Civil Veterinary Dept. Bombay admin report 1907-1913 - 1907-1913
Year: 1907
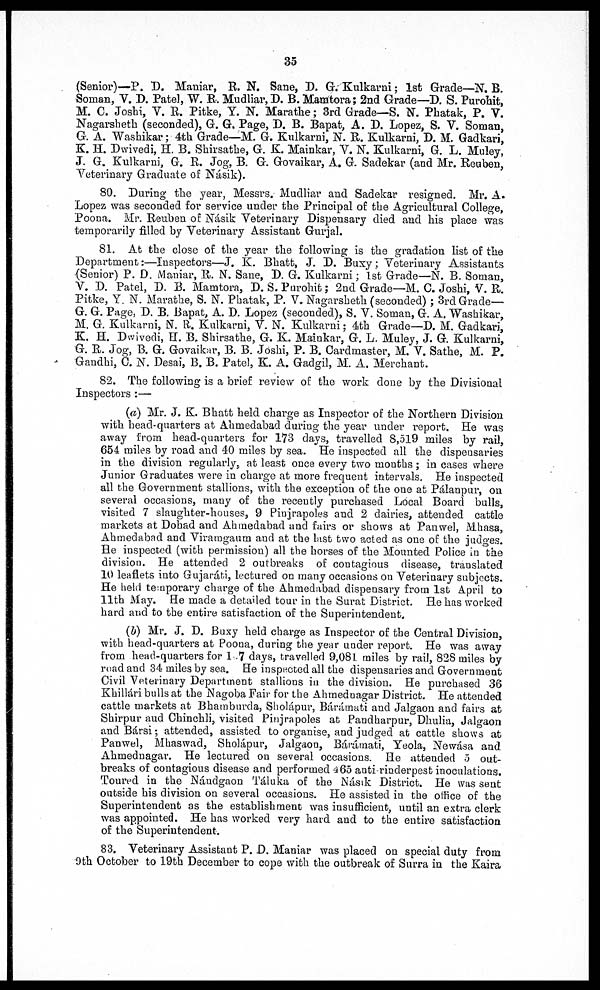
35
(Senior)—P. D. Maniar, R. N. Sane, B. G. Kulkarni; 1st Grade—N. B.
Soman, V. D. Patel, W. R. Mudliar, B. B. Maratora; 2nd Grade—B. S. Purohit,
M. 0. Joshi, V. R. Pitke, Y. N. Marathe; 3rd Grade—S. N. Phatak, P. V.
Nagarsheth (seconded), G. G. Page, B. B. Bapat, A. B. Lopez, S. V. Soman,
G. A. Washikar; 4th Grade—M. G. Kulkarni, N. R. Kulkarni, B. M. Gadkari,
K. H. Bwivedi, H. B. Shirsathe, G. K. Mainkar, V. N. Kulkarni, G. L. Muley,
J. G. Kulkarni, G. R. Jog, B. G. Govaikar, A. G. Sadekar (and Mr. Reuben,
Veterinary Graduate of Násik).
80. During the year, Messrs. Mudliar and Sadekar resigned. Mr. A.
Lopez was seconded for service under the Principal of the Agricultural College,
Poona. Mr. Reuben of Násik Veterinary Dispensary died and his place was
temporarily filled by Veterinary Assistant Gurjal.
81. At the close of the year the following is the gradation list of the
Bepartment:—Inspectors—J. K. Bhatt, J. B. Buxy; Veterinary Assistants
(Senior) P. D. Maniar, R. N. Sane, B. G. Kulkarni; 1st Grade—N. B. Soman,
V. B. Patel, B. B. Mamtora, D.S. Purohit; 2nd Grade—M. C. Joshi, V. R.
Pitke, Y. N. Marathe, S. N. Phatak, P. V. Nagarsheth (seconded) ; 3rd Grade—
G. G. Page, B. B. Bapat, A. B. Lopez (seconded), S. V. Soman, G. A. Washikar,
M. G. Kulkarni, N. R. Kulkarni, V. N. Kulkarni; 4th Grade—B. M. Gadkari,
K. H. Dwivedi, H. B.Shirsathe, G. K. Mainkar, G. L. Muley, J. G. Kulkarni,
G. R. Jog, B. G, Govaikar, B. B. Joshi, P. B. Cardmaster, M. V. Sathe, M. P.
Gandhi, C. N. Desai, B. B. Patel, K. A. Gadgil, M. A. Merchant.
82. The following is a brief review of the work done by the Divisional
Inspectors:—
(a) Mr. J. K. Bhatt held charge as Inspector of the Northern Division
with head-quarters at Ahmedabad during the year under report. He was
away from head-quarters for 173 days, travelled 8,519 miles by rail,
654 miles by road and 40 miles by sea. He inspected all the dispensaries
in the division regularly, at least once every two months; in cases where
Junior Graduates were in charge at more frequent intervals. He inspected
all the Government stallions, with the exception of the one at Pálanpur, on
several occasions, many of the recently purchased Local Board bulls,
visited 7 slaughter-houses, 9 Pinjrapoles and 2 dairies, attended cattle
markets at Dohad and Ahmedabad and fairs or shows at Panwel, Mhasa,
Ahmedabad and Viraragaum and at the lust two acted as one of the judges.
He inspected (with permission) all the horses of the Mounted Police in the
division. He attended 2 outbreaks of contagious disease, translated
10 leaflets into Gujaráti, lectured on many occasions on Veterinary subjects.
He held temporary charge of the Ahmedabad dispensary from 1st April to
11th May. He made a detailed tour in the Surat District. He has worked
hard and to the entire satisfaction of the Superintendent.
(b) Mr. J. B. Buxy held charge as Inspector of the Central Division,
with head-quarters at Poona, during the year under report. He was away
from head-quarters for 1.7 days, travelled 9,081 miles by rail, 828 miles by
road and 34 miles by sea. He inspected all the dispensaries and Government
Civil Veterinary Department stallions in the division. He purchased 36
Khillári bulls at the Nagoba Fair for the Ahmednagar istrict. He attended
cattle markets at Bhamburda, Sholápur, Bárámati and Jalgaon and fairs at
Shirpur and Chinchli, visited Pinjrapoles at Pandharpur, Dhulia, Jalgaon
and Bársi; attended, assisted to organise, and judged at cattle shows at
Panwel, Mhaswad, Sholápur, Jalgaon, Bárámati, Yeola, Newása and
Ahmednagar. He lectured on several occasions. He attended 5 out-
breaks of contagious disease and performed 465 anti-rinderpest inoculations.
Toured in the Nándgaon Táluka of the Násik District. He was sent
outside his division on several occasions. He assisted in the office of the
Superintendent as the establishment. was insufficient, until an extra clerk
was appointed. He has worked very hard and to the entire satisfaction
of the Superintendent.
83. Veterinary Assistant P. B. Maniar was placed on special duty from
9th October to 19th December to cope with the outbreak of Surra in the Kaira